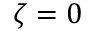
\zeta = 0